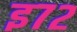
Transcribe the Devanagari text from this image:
इ७२